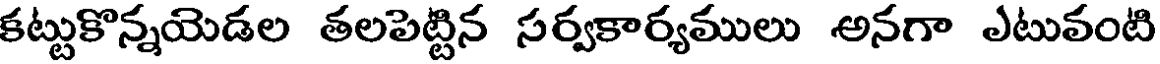
కట్టుకొన్నయెడల తలపెట్టిన సర్వకార్యములు అనగా ఎటువంటి